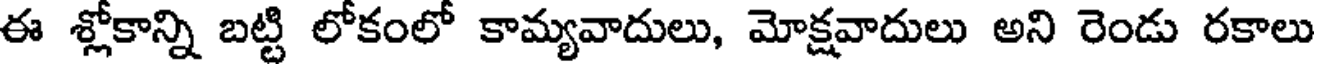
ఈ శ్లోకాన్ని బట్టి లోకంలో కామ్యవాదులు, మోక్షవాదులు అని రెండు రకాలు